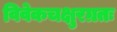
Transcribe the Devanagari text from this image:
विवेकचक्षुरग्रतः